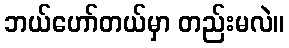
ဘယ်ဟော်တယ်မှာ တည်းမလဲ။